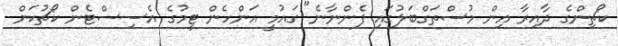
ކޯޗިންގެ ދާއިރާ އިން މުސްތަގްބަލުގައި ފެންނާނެ" ގައުމީ އަންހެން ޓީމުގެ އެސިސްޓެން ކޯޗުކަން